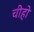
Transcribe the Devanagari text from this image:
चीहो